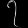
Digit: ၇